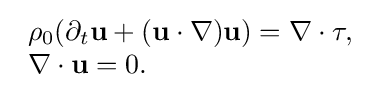
{\begin{array}{lcl}\rho _{0}(\partial _{t}\mathbf {u} +(\mathbf {u} \cdot \nabla )\mathbf {u} )=\nabla \cdot \tau ,\\\nabla \cdot \mathbf {u} =0.\end{array}}